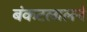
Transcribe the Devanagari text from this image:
बंकटलालने